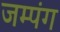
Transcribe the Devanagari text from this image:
जम्पंग